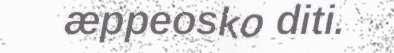
æppeosko diti.